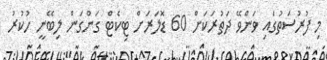
މި ފުރުސަތުގައި ވަންވޭ ދަތުރަކަށް 60 ޑޮލަރަށް ޓިކެޓް ގަންގަން ލިބޭނީ ހުކުރު